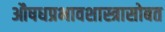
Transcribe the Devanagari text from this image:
औषधप्रभावशास्त्रासोबत